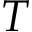
T